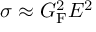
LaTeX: \sigma \approx G _ { \mathrm { { F } } } ^ { 2 } E ^ { 2 }